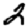
Digit: 2